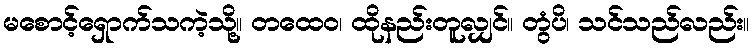
မစောင့်ရှောက်သကဲ့သို့။ တထေဝ၊ ထိုနည်းတူလျှင်။ တွံပိ၊ သင်သည်လည်း။